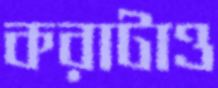
করাটাও